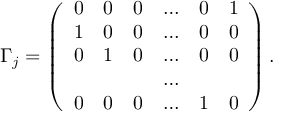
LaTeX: \Gamma _ { j } = \left( \begin{array} { c c c c c c } { { 0 } } & { { 0 } } & { { 0 } } & { { \ldots } } & { { 0 } } & { { 1 } } \\ { { 1 } } & { { 0 } } & { { 0 } } & { { \ldots } } & { { 0 } } & { { 0 } } \\ { { 0 } } & { { 1 } } & { { 0 } } & { { \ldots } } & { { 0 } } & { { 0 } } \\ { { } } & { { } } & { { } } & { { \ldots } } & { { } } & { { } } \\ { { 0 } } & { { 0 } } & { { 0 } } & { { \ldots } } & { { 1 } } & { { 0 } } \end{array} \right) .